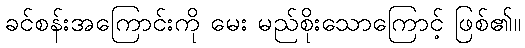
ခင်စန်းအကြောင်းကို မေး မည်စိုးသောကြောင့် ဖြစ်၏။